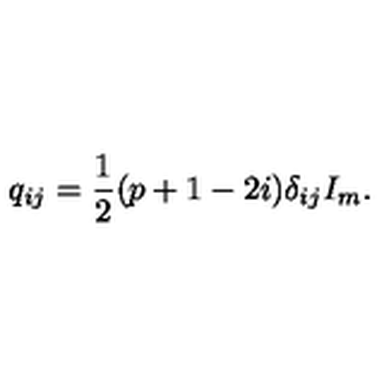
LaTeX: q _ { i j } = \frac { 1 } { 2 } ( p + 1 - 2 i ) \delta _ { i j } I _ { m } .